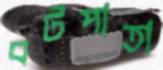
বটপাতা